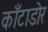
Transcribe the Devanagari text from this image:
काँटाडोर